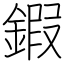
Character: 鍜